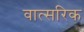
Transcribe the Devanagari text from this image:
वात्सरिक